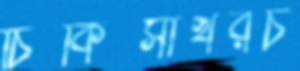
চিকিত্সাখরচ